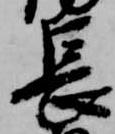
長